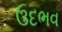
ઉદભવ